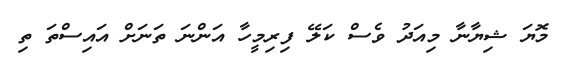
މޮޔަ ޝިޔާނާ މިއަދު ވެސް ކަލޭ ފިރިމީހާ އަންނަ ތަނަށް އައިސްތަ ތި